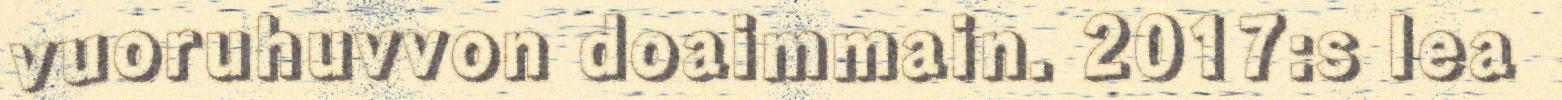
vuoruhuvvon doaimmain. 2017:s lea